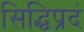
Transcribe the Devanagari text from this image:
सिद्धिप्रदं